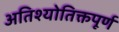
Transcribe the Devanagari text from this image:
अतिश्योतिक्तपूर्ण